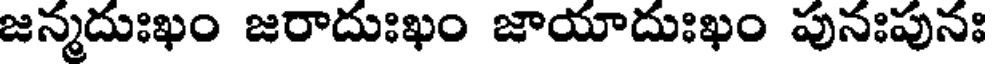
జన్మదుఃఖం జరాదుఃఖం జాయాదుఃఖం పునఃపునః